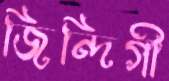
জিন্দিগী